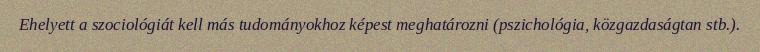
Ehelyett a szociológiát kell más tudományokhoz képest meghatározni (pszichológia, közgazdaságtan stb.).